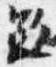
駈